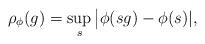
LaTeX: \begin{align*}\rho_\phi(g) = \sup_{s} \big|\phi(sg) - \phi(s)|, \end{align*}